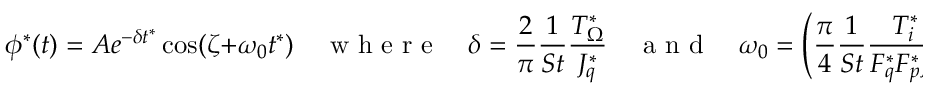
\phi ^ { * } ( t ) = A e ^ { - \delta t ^ { * } } \cos ( \zeta + \omega _ { 0 } t ^ { * } ) \quad \mathrm { ~ w ~ h ~ e ~ r ~ e ~ } \quad \delta = \frac { 2 } { \pi } \frac { 1 } { S t } \frac { T _ { \Omega } ^ { * } } { J _ { q } ^ { * } } \quad \mathrm { ~ a ~ n ~ d ~ } \quad \omega _ { 0 } = \left( \frac { \pi } { 4 } \frac { 1 } { S t } \frac { T _ { i } ^ { * } } { F _ { q } ^ { * } F _ { p } ^ { * } J _ { q } ^ { * } } - \delta ^ { 2 } \right) ^ { 1 / 2 } .